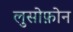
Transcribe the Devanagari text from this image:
लुसोफ़ोन